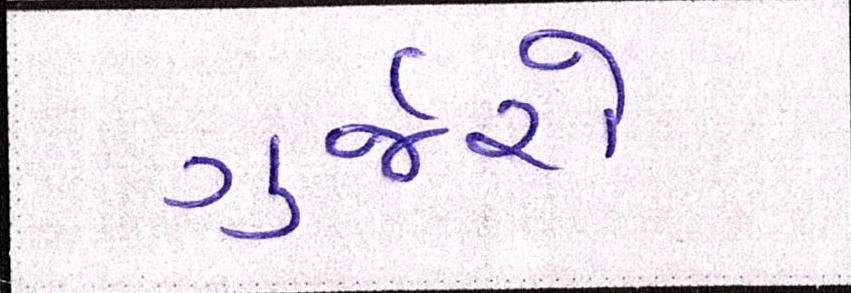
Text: ગુર્જરો